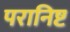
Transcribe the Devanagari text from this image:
परानिष्ट